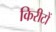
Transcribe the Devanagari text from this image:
किरीटों